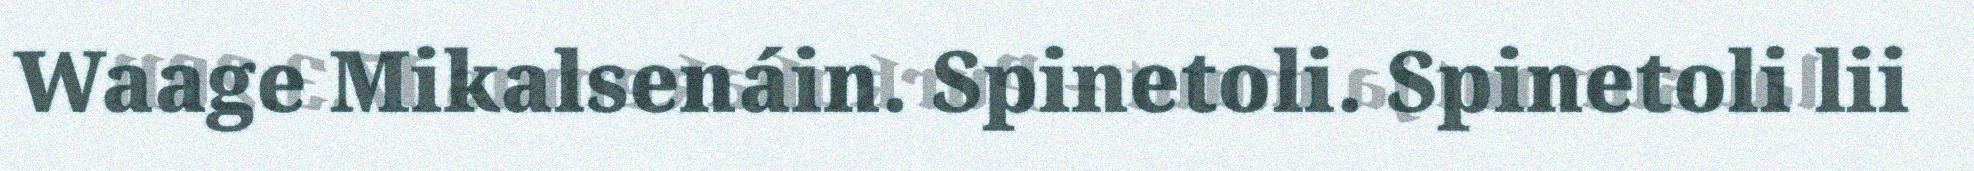
Waage Mikalsenáin. Spinetoli. Spinetoli lii